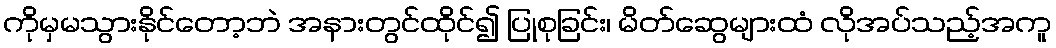
ကိုမှမသွားနိုင်တော့ဘဲ အနားတွင်ထိုင်၍ ပြုစုခြင်း၊ မိတ်ဆွေများထံ လိုအပ်သည့်အကူ